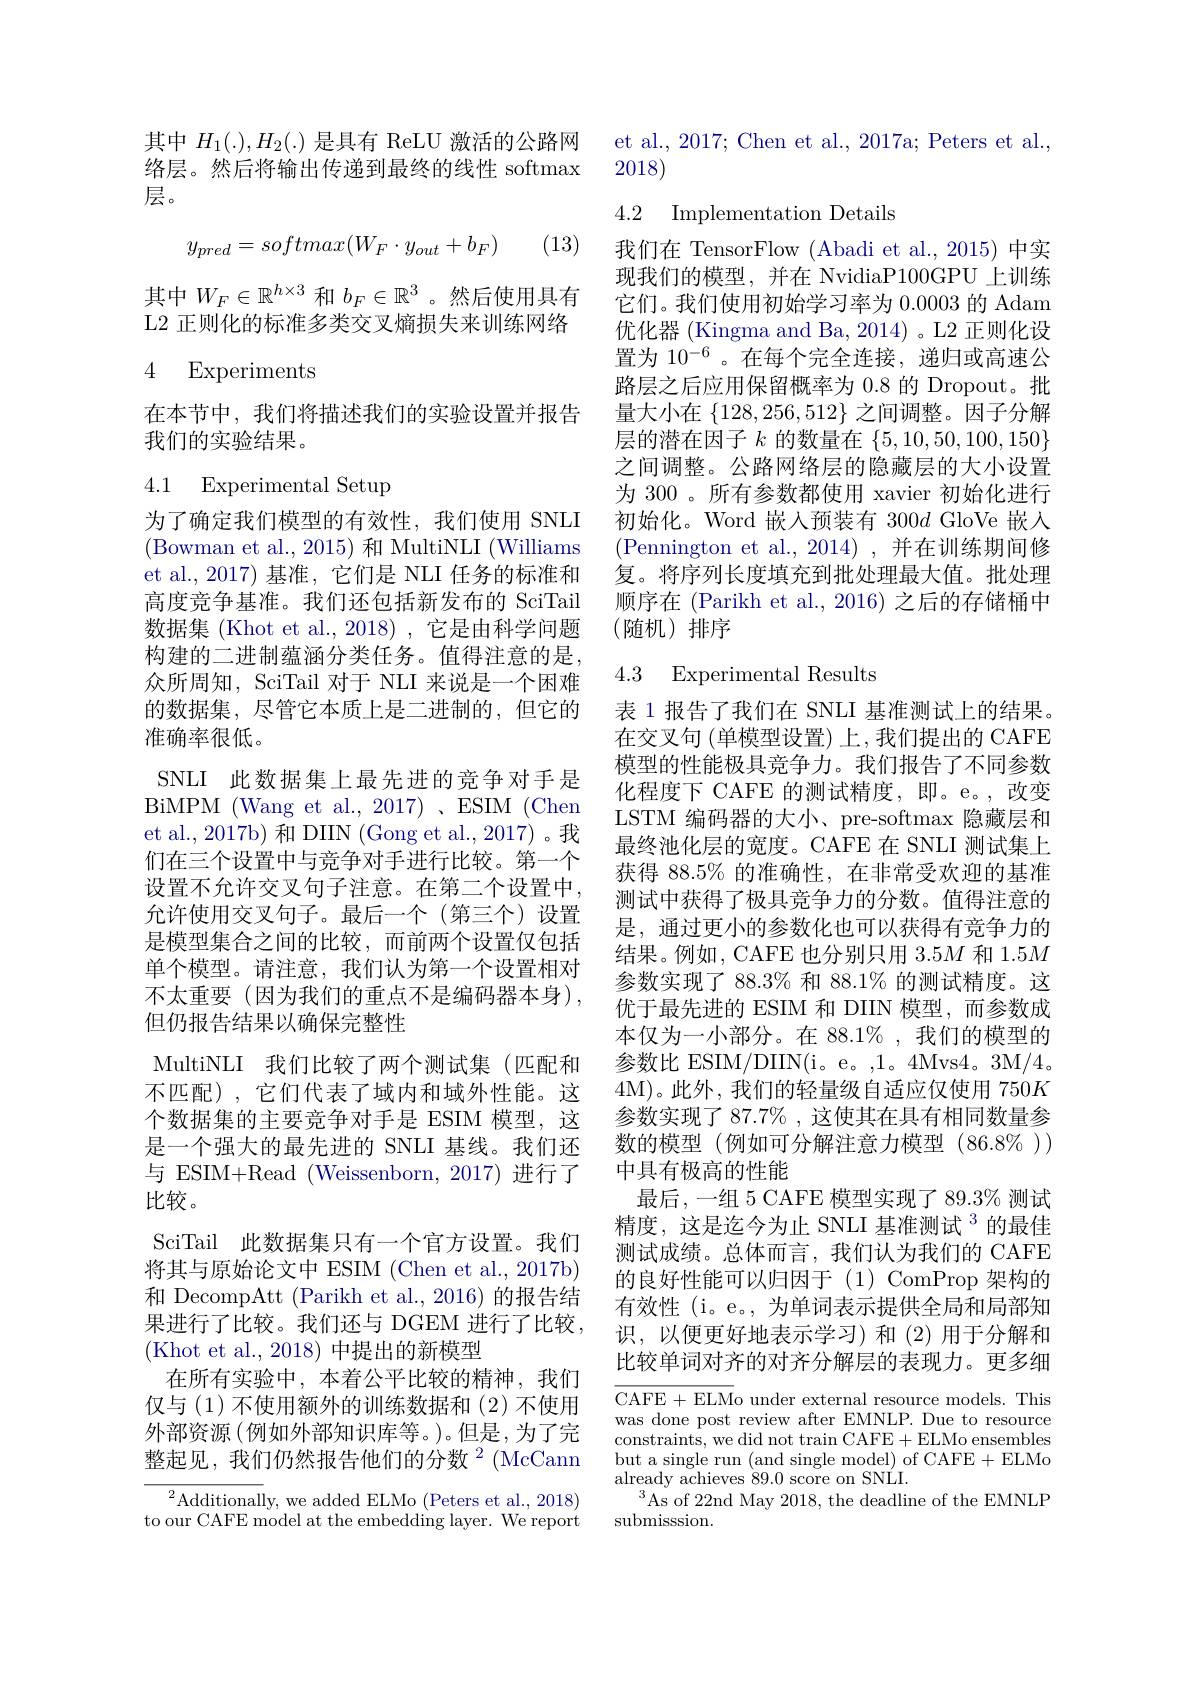
其中$H_1(.),H_{2}(.)$是具有 ReLU 激活的公路网络层。然后将输出传递到最终的线性 softmax 层。

(13)
$$y_{pred}=softmax(W_F\cdot y_{out}+b_F)$$
其中$W_F\in\mathbb{R}^{h\times3}$和$b_F\in\mathbb{R}^3$ 。然后使用具有L2 正则化的标准多类交叉熵损失来训练网络

4 Experiments

在本节中，我们将描述我们的实验设置并报告
我们的实验结果。

## 4.1 Experimental Setup

为了确定我们模型的有效性，我们使用 SNLI (Bowman et al.,2015) 和 MultiNLI (Williams et al.,2017)基准，它们是 NLI 任务的标准和高度竞争基准。我们还包括新发布的 SciTail 数据集 (Khot et al.,2018) ,它是由科学问题构建的二进制蕴涵分类任务。值得注意的是， 众所周知，SciTail 对于 NLI 来说是一个困难的数据集，尽管它本质上是二进制的，但它的准确率很低。
SNLI 此数据集上最先进的竞争对手是BiMPM (Wang et al., 2017) 、ESIM (Chen et al., 2017b) 和 DIIN (Gong et al., 2017) 。我们在三个设置中与竞争对手进行比较。第一个设置不允许交叉句子注意。在第二个设置中， 允许使用交叉句子。最后一个(第三个)设置是模型集合之间的比较，而前两个设置仅包括单个模型。请注意，我们认为第一个设置相对不太重要(因为我们的重点不是编码器本身), 但仍报告结果以确保完整性
MultiNLI 我们比较了两个测试集(匹配和不匹配),它们代表了域内和域外性能。这个数据集的主要竞争对手是 ESIM 模型，这是一个强大的最先进的 SNLI 基线。我们还与 ESIM+Read (Weissenborn,2017)进行了比较。
SciTail 此数据集只有一个官方设置。我们将其与原始论文中 ESIM (Chen et al., 2017b) 和 DecompAtt (Parikh et al., 2016) 的报告结果进行了比较。我们还与 DGEM 进行了比较， (Khot et al., 2018) 中提出的新模型
在所有实验中，本着公平比较的精神，我们仅与(1)不使用额外的训练数据和(2)不使用外部资源(例如外部知识库等。)。但是，为了完整起见，我们仍然报告他们的分数$^2$ (McCann
$^{2}$Additionally, we added ELMo (Peters et al., 2018)

to our CAFE model at the embedding layer. We report

et al., 2017; Chen et al., 2017a; Peters et al.,
2018)

## 4.2 Implementation Details

我们在 TensorFlow (Abadi et al.,2015) 中实现我们的模型，并在 NvidiaP100GPU 上训练它们。我们使用初始学习率为0.0003的 Adam 优化器 (Kingma and Ba, 2014) 。L2 正则化设置为 10$^{-6}$。在每个完全连接，递归或高速公路层之后应用保留概率为 0.8 的 Dropout。批量大小在$\{128,256,512\}$之间调整。因子分解层的潜在因子$k$的数量在$\{5,10,50,100,150\}$ 之间调整。公路网络层的隐藏层的大小设置为 300 。所有参数都使用 xavier 初始化进行初始化。Word 嵌入预装有 300$d$ GloVe 嵌入(Pennington et al.,2014),并在训练期间修复。将序列长度填充到批处理最大值。批处理顺序在 (Parikh et al., 2016) 之后的存储桶中(随机)排序

## 4.3 Experimental Results

表 1 报告了我们在 SNLI 基准测试上的结果。在交叉句 (单模型设置) 上，我们提出的 CAFE 模型的性能极具竞争力。我们报告了不同参数化程度下 CAFE 的测试精度，即。e。,改变LSTM 编码器的大小、pre-softmax 隐藏层和最终池化层的宽度。CAFE 在 SNLI 测试集上获得 88.5% 的准确性，在非常受欢迎的基准测试中获得了极具竞争力的分数。值得注意的是，通过更小的参数化也可以获得有竞争力的结果。例如，CAFE 也分别只用 3.5$M$和 1.5$M$ 参数实现了 88.3% 和 88.1% 的测试精度。这优于最先进的 ESIM 和 DIIN 模型，而参数成本仅为一小部分。在 88.1%,我们的模型的参数比 ESIM/DIIN(i。e。,1。4Mvs4。3M/4。4M)。此外，我们的轻量级自适应仅使用 750K 参数实现了 87.7% , 这使其在具有相同数量参数的模型(例如可分解注意力模型(86.8$\%))$ 中具有极高的性能
最后，一组 5 CAFE 模型实现了 89.3% 测试精度，这是迄今为止 SNLI 基准测试$^{3}$的最佳测试成绩。总体而言，我们认为我们的 CAFE 的良好性能可以归因于(1)ComProp架构的有效性(i。e。, 为单词表示提供全局和局部知识，以便更好地表示学习) 和 (2) 用于分解和比较单词对齐的对齐分解层的表现力。更多细$\overline{\mathrm{CAFE}+\mathrm{ELMo~under~external~resource~models.~This}}$

was done post review after EMNLP. Due to resource constraints, we did not train CAFE+ELMo ensembles but a single run (and single model) of CAFE + ELMo already achieves 89.0 score on SNLI.
$^{3}$As of 22nd May 2018, the deadline of the EMNLP
submisssion.